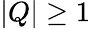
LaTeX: \left|Q\right|\geq 1